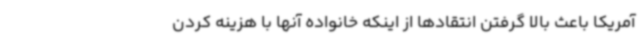
آمریکا باعث بالا گرفتن انتقادها از اینکه خانواده آنها با هزینه کردن